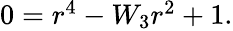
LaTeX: \begin{array}{r}{0=r^{4}-W_{3}r^{2}+1.}\end{array}